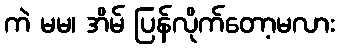
ကဲ မမ၊ အိမ် ပြန်လိုက်တော့မလား